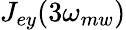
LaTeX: J_{ey}(3\omega_{mw})